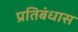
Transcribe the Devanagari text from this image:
प्रतिबंधास